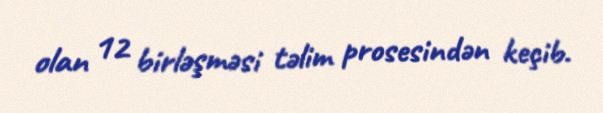
olan 12 birləşməsi təlim prosesindən keçib.